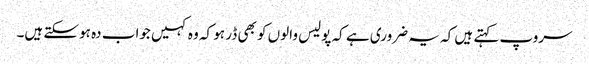
سروپ کہتے ہیں کہ یہ ضروری ہے کہ پولیس والوں کو بھی ڈر ہو کہ وہ کہیں جواب دہ ہوسکتے ہیں۔